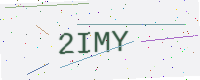
Text: 2IMY